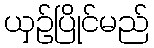
ယှဉ်ပြိုင်မည်